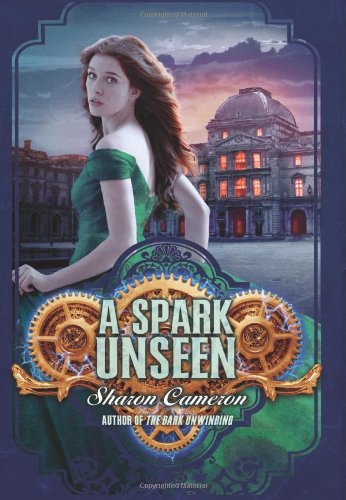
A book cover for A Spark Unseen; Sharon Cameron; Teen & Young Adult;